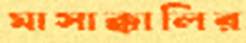
মাসাক্কালির